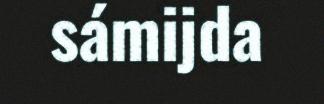
sámijda